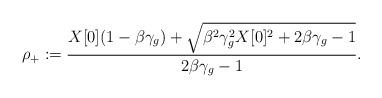
LaTeX: \begin{align*} \rho_+ := \frac{ X[0] (1-\beta \gamma_g) + \sqrt{ \beta^2 \gamma_g^2 X[0]^2 + 2 \beta \gamma_g -1}}{2\beta \gamma_g - 1}.\end{align*}